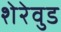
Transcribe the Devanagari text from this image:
शेरेवुड